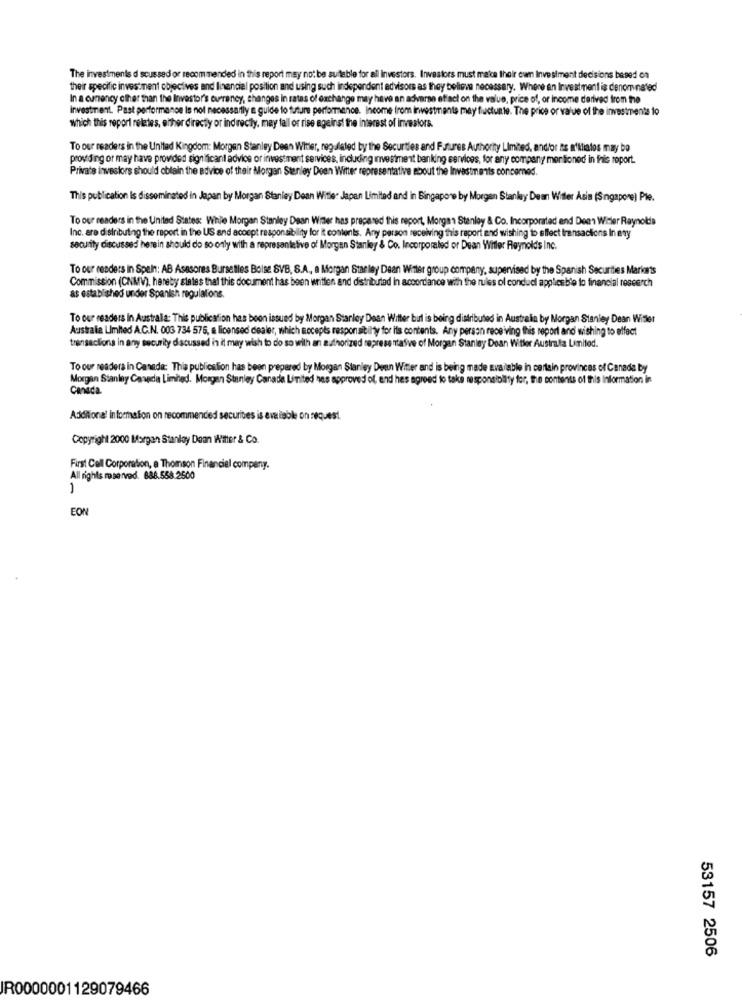
The investments d scussed or recommended in this report may not be suitable for all Investors. Investors must matce their cum Investment decisions based on
their specific investment objectives and financial position and using such independent advisors as they believe necessary. Where an Investment is denominated
In a currency other than the Investor's currency, changes in rates of exchange may have an adverse effect on the value, price of, or income derived from the
investment. Past performance Is not necessarily a guide to future performance. Income from investments may fluctuate. The price or value of the investments to
which this report relates, either directly or indirectly, may fall or rise against the interest of investors.
To our readers in the United Kingdom: Morgen Stanley Deen Winer, regulated by the Securities and Futures Authority Limited, and/or ns a'Miatos may be
providing or may have provided significant advice or investment services, including investment banking services, for any company mer lioned in this report.
Private investors should obtain the advice of their Morgan Stanley Deen Witter representative about the Investments concerned.
This publication Is disseminated in Japan by Morgan Stanley Dean Witler Japan Limited and in Singapore by Morgen Stanley Dean Witter Asia (Singapore) Ple.
To our readers in the United States: While Morgan Stanley Dean Winter has prepared this report, Morgan Stanley & Co. Incorporated and Deen Wirler Reynolds
Inc. are distributing the report in the US and accept responsibility for it contents. Any person receiving this report and wishing to effect transactions In ery
security discussed herein should do so only with a representative of Morgan Stanley & Co. Incorporaled or Dean Witler Reynolds Inc.
To our readers in Speln: AB Asesores Bursatles Bolse SVB, S.A ., a Morgan Stanley Dean Winter group company, supervised by the Spanish Securities Marionts
Commission (CNMV), hereby states that this document has been written and distributed In accordance with the rules ol condud applies ble to financial research
as established under Spanish regulations.
To our readers In Australia: This publication has been issued by Morgan Stanley Dean Witter but is being distributed in Australia by Morgan Stanley Dean Witler
Australia Limited A.C.N. 003 734 575, a licensed dealer, which Rocepls responsibility for its contents. Any person receiving this report and wishing to effect
transactions in any security discussed in it may wish to do so with an authorized representative of Morgan Stanley Dean Witler Austrata Limited.
To our readers in Canada: This publication has been prepared by Morgan Stanley Deen Witter and is being made available in certain provinces of Canada by
Morgan Stanley Canada Limited. Morgan Stanley Canade Limited has approved of, end hes agreed to take responsibility for, the contents of this Information in
Canada
Additional information on recommended securites is available on request.
Copyright 2000 Morgan Stanley Dean Witter & Co.
First Cell Corporation, e Thomson Financial company.
All rights reserved. 888.558.2500
EON
53157 2506
IR0000001129079466